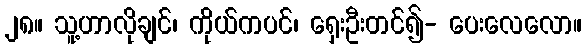
၂၈။ သူ့ဟာလိုချင်၊ ကိုယ်ကပင်၊ ရှေးဦးတင်၍- ပေးလေလော။